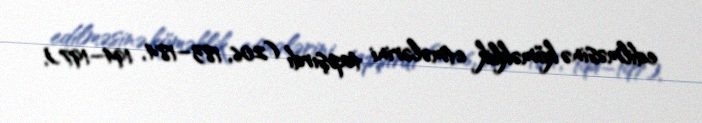
edilməsinə köməklik etmələrini tapşırdı (206, 183–184, 194–197).